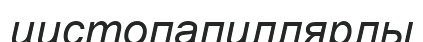
цистопапиллярлы